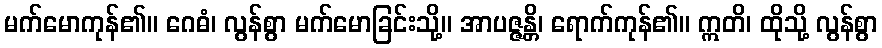
မက်မောကုန်၏။ ဂေဓံ၊ လွန်စွာ မက်မောခြင်းသို့။ အာပဇ္ဇန္တိ၊ ရောက်ကုန်၏။ ဣတိ၊ ထိုသို့ လွန်စွာ